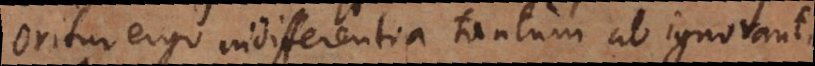
Oritur ergo indifferentia tantum ab ignoranti